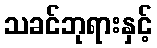
သခင်ဘုရားနှင့်